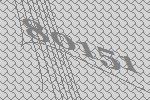
80151